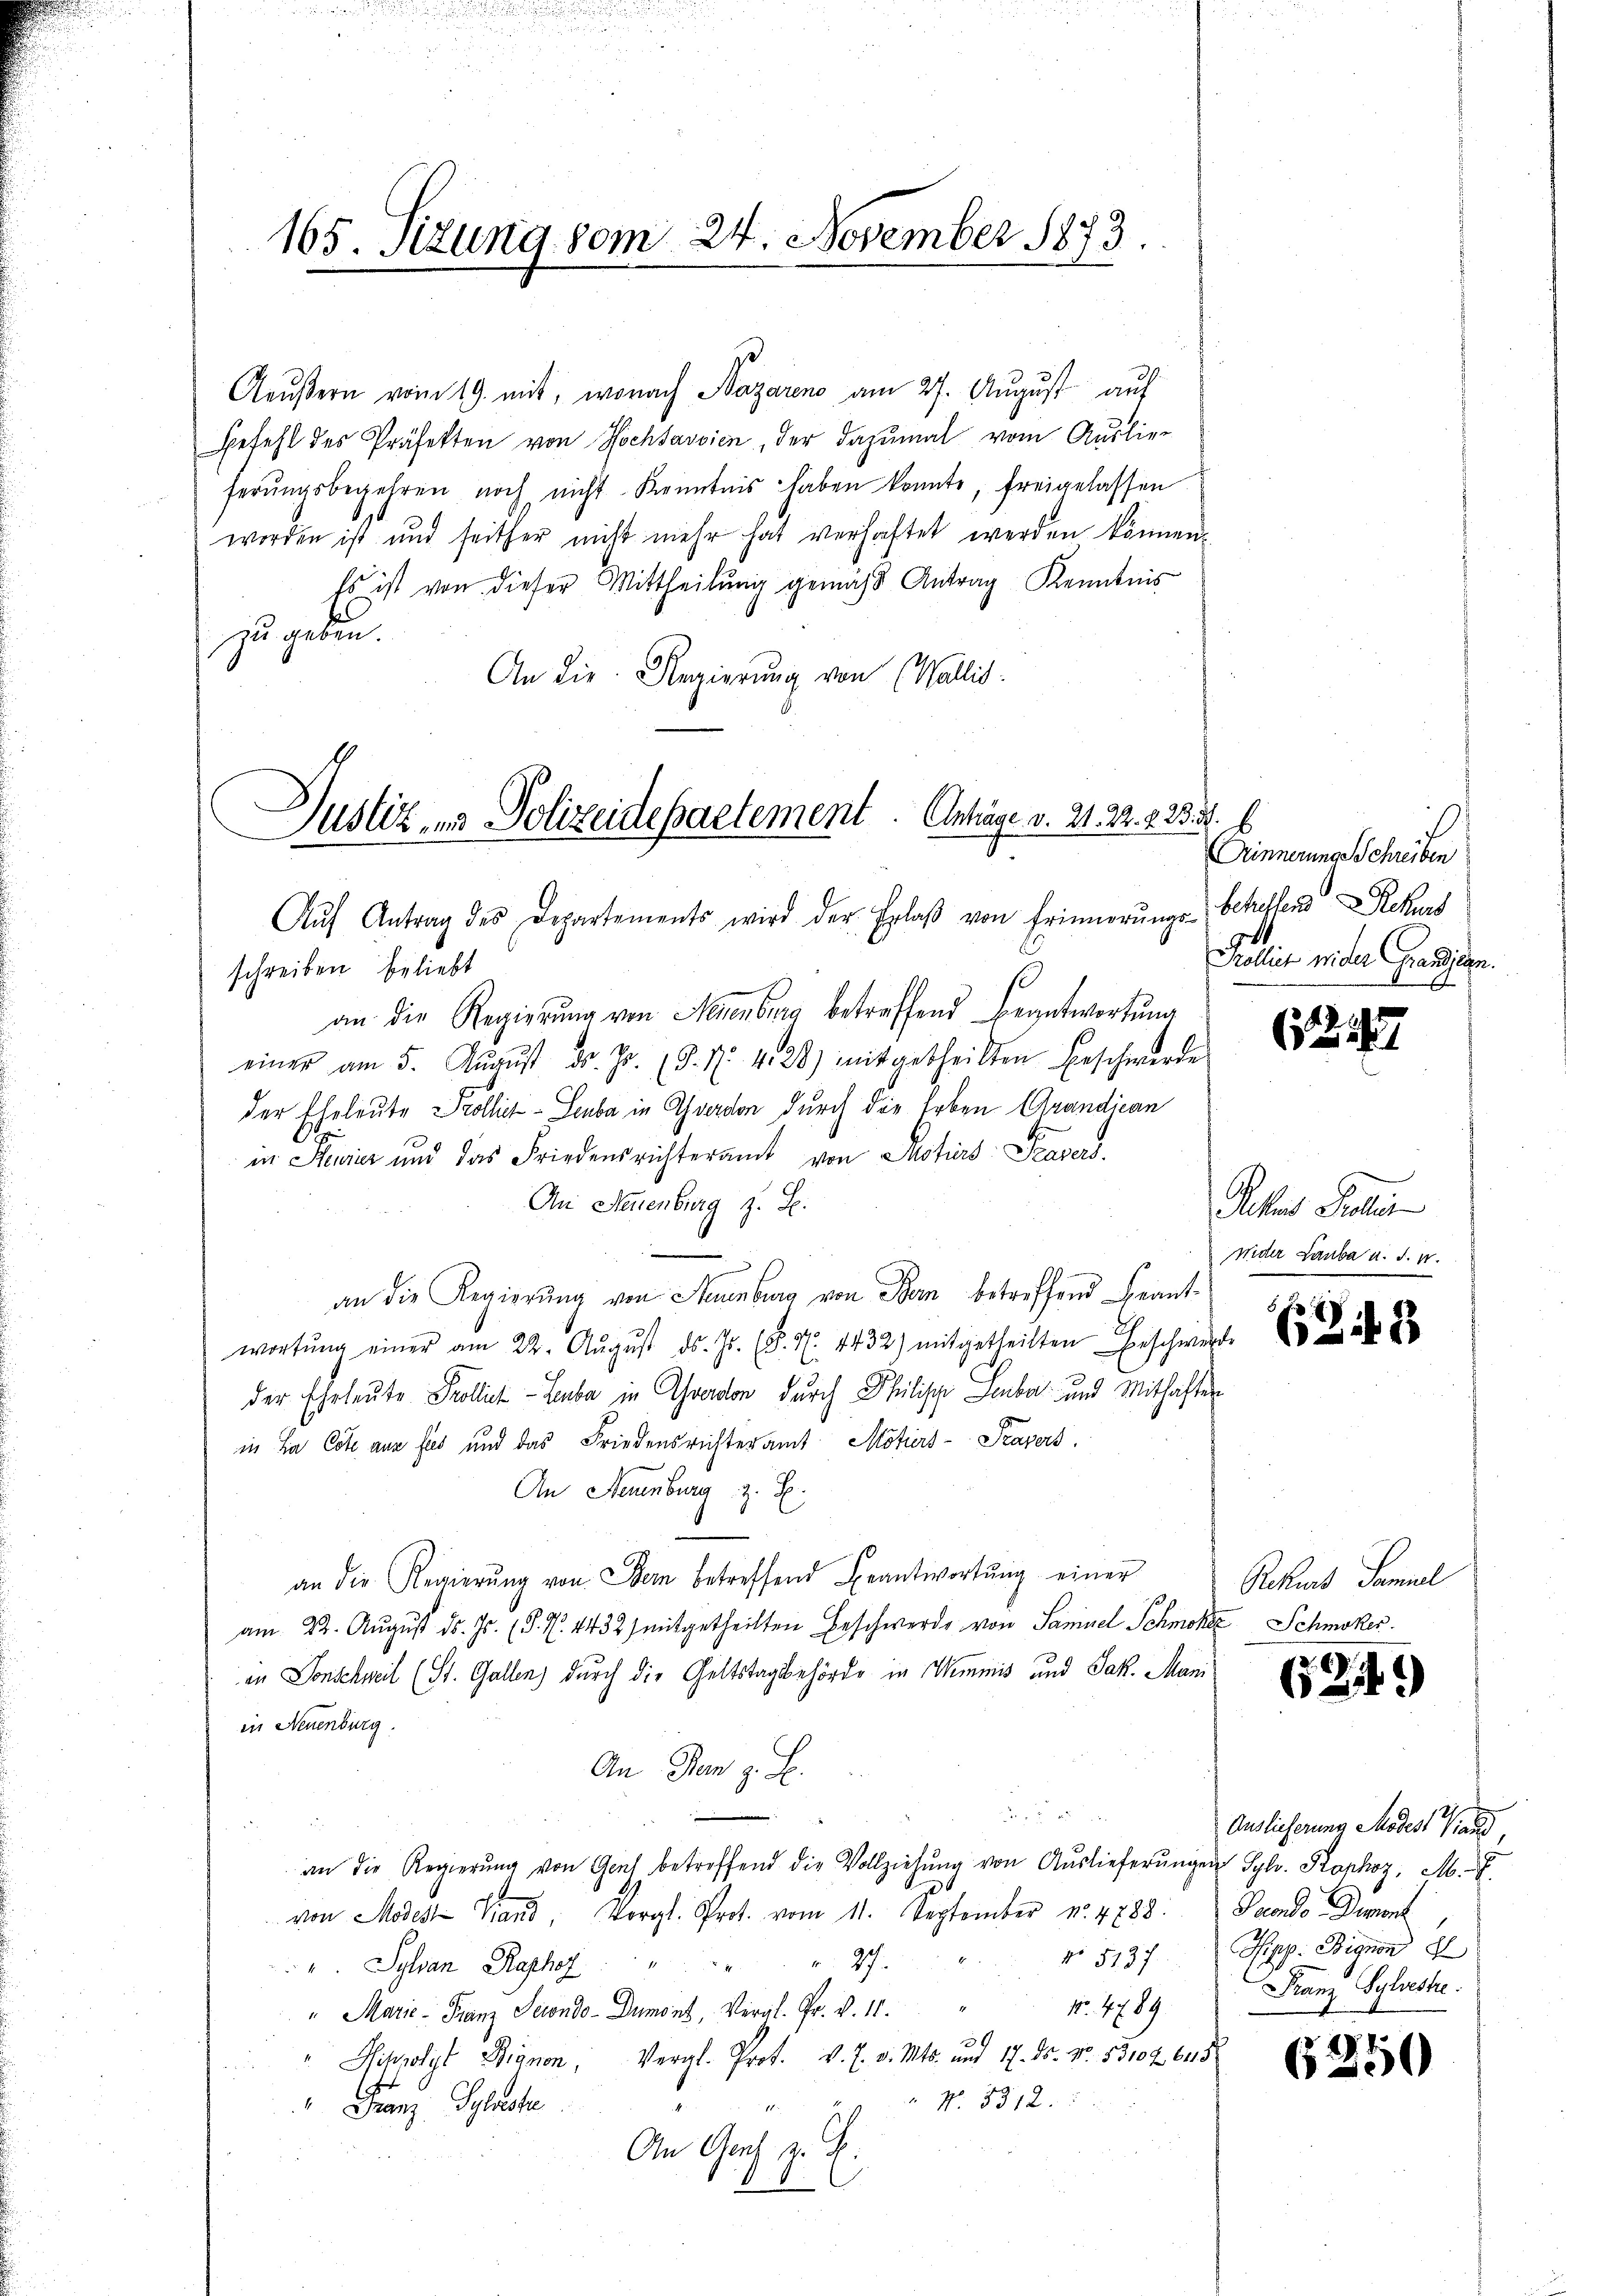
165. Sizung vom 24. November 1873.

Aeŭβern vom 19. mit, wonach Nazaren am 27. August auf
Befehl des Präfekten von Hochsavvien, der dazumal vom Auslie-
ferŭngsbegehren noch nicht Kenntnis haben konnte, freigelassen
worden ist und seither nicht mehr hat verhaftet werden können.
Es ist von dieser Mittheilŭng gemäβ Antrag Kenntnis
zu geben.
An die Regierung von (Wallis.

Justiz- und Polizeidesactement. Anträge v. 21. 22. 2. 23. d.
Aŭf Antrag des Departements wird der Erlaβ von Erinnerŭngs-Schellen Rekurs

schreiben beliebt
an die Regierŭng von Neuenburg betreffend Beantwortung
einer am 5. Aŭgŭst ds. Jr. (3. N. 428) mitgetheilten Beschwerde
der Eheleute Prollich-Leuba in Yverdon durch die Erben Grandjean
6
in Steuer und das Friedensrichteramt von Motiers Tavers
An Neuenburg z. B.
an die Regierŭng von Neuenburg von Bern betreffend Frant-
wortŭng einer am 22. Aŭgŭst d. Js. (§. 7. 1432) mitgetheilten Beschwere
der Eheleute Prollich - Lebe in Averdon durch Philisch Leuber und Mithaften
in La Cote aus fus und das Friedensrichteramt Motiers-Pravers
An Neuenburg z. B.
an die Regierŭng von Bern betreffend Beantwortŭng einer
am 22. August d. Js. (§. 7. 1432) mitgetheilten Beschwerde von Samuel Schmoke Schmoker.
in Donschweil (St. Gallen) durch die Geltstagsbehörde in Wimmis und Jak. Manin Neuenburg.
An Dein z. B.

an die Regierŭng von Genf betreffend die Vollziehŭng von Auslieferŭngen Syl. Kophoz, M.
300
von Modes Stand, Vorgl. Prot. vom 11. September N. 4788. Peondo-Demont
No 5137
r 2
 Sylvan Raphor
No. 489.
" Marie - Franz Sendo- Dumont, Vergl. Fr. v. 11.
Sihpolyt Pignon, Vergl. Prot. v. J. v. Mts. und 17. ds. No. 53104. 645
F
" N. 5312.
" Franz Sylveste
An Ges. z. B.
1

innerungs Schreiben
Publick wider Granden.

122.

Rechtes Realien
weder Lauba u. s. w.

Rekurs Samuel

624)

Auslieferung Modest aus,
Ppp. Eignon p
Franz Syliste.

6250